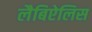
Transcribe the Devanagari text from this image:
लैबिऐलिस